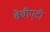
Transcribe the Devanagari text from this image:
बेबीएटी